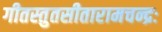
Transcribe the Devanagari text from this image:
गीतस्तुतसीतारामचन्द्रः